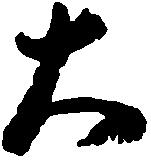
大